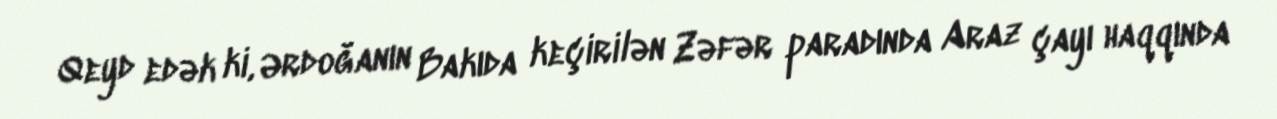
Qeyd edək ki, Ərdoğanın Bakıda keçirilən Zəfər paradında Araz çayı haqqında